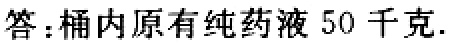
答：桶内原有纯药液 50 千克.